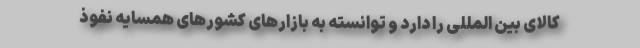
کالای بین المللی را دارد و توانسته به بازارهای کشورهای همسایه نفوذ